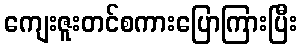
ကျေးဇူးတင်စကားပြောကြားပြီး